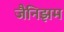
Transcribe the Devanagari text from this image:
जैनिझम